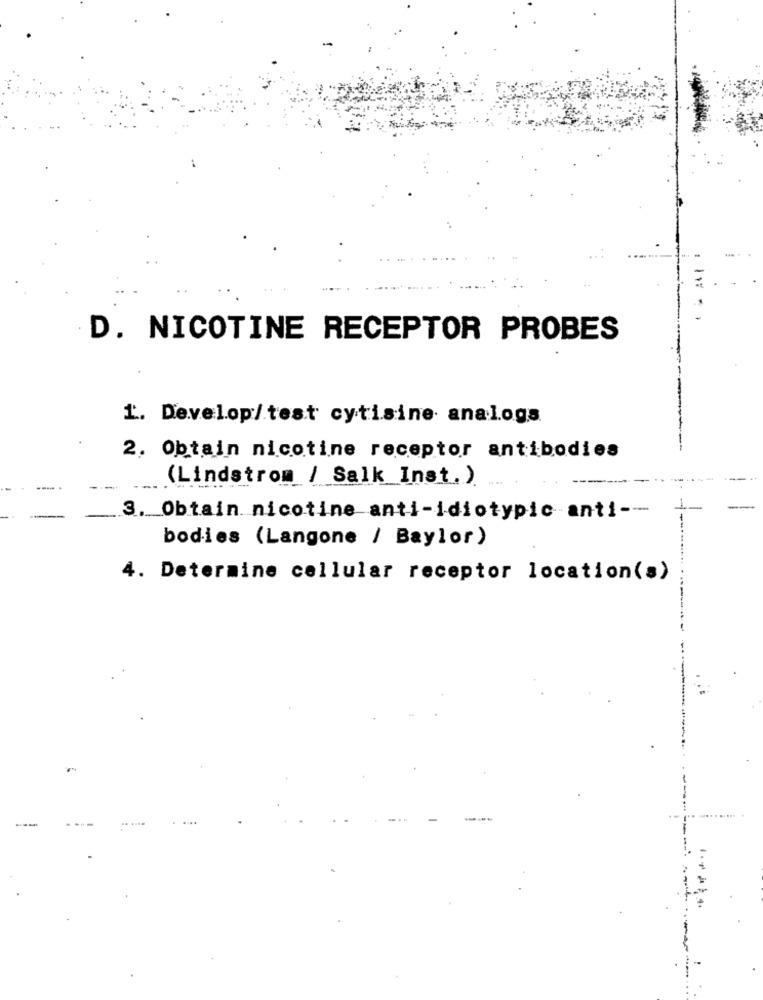
D. NICOTINE RECEPTOR PROBES
1. Develop/test cytisine analogs
2. Obtain nicotine receptor antibodies
(Lindstrom / Salk Inst.)
3. Obtain nicotine anti-idiotypic anti --
bodies (Langone / Baylor)
4. Determine cellular receptor location(s)
.....